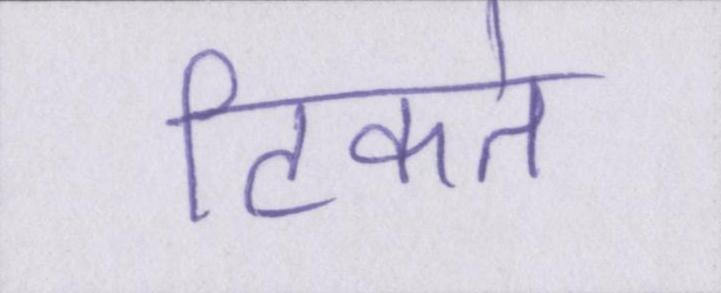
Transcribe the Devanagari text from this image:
टिकते